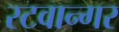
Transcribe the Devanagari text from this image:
स्टवान्गर